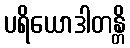
ပရိယောဒါတန္တိ